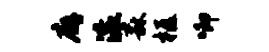
廨滚森柩唧